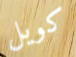
كويل